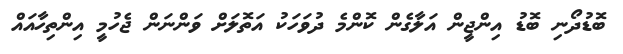
ބޮޑުދޯނި ބޮޑު އިންޖީން އަލާގެން ކޮންމެ ދުވަހަކު އަތޮލަށް ވަންނަން ޖެހުމީ އިންތިހާއައް